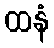
ထနံ